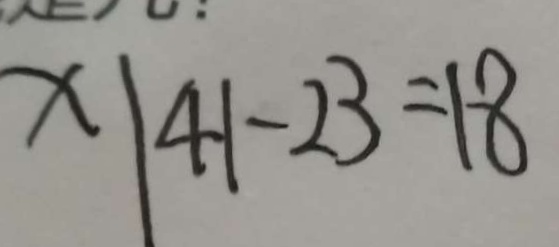
x \vert 4 1 - 2 3 = 1 8